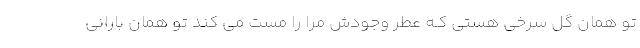
تو همان گل سرخی هستی کـه عطر وجودش مرا را مست می کند تو همان بارانی